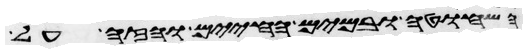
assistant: השחוטה ובמים החיים והזה על